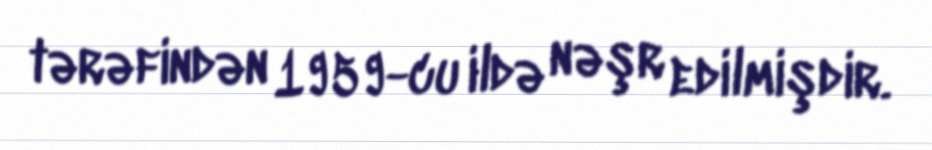
tərəfindən 1959-cu ildə nəşr edilmişdir.